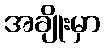
အချိုးမှာ